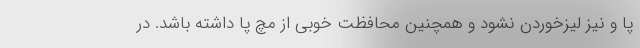
پا و نیز لیزخوردن نشود و همچنین محافظت خوبی از مچ پا داشته باشد. در